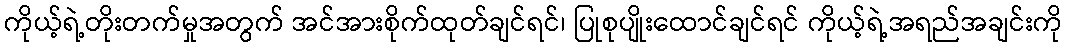
ကိုယ့်ရဲ့တိုးတက်မှုအတွက် အင်အားစိုက်ထုတ်ချင်ရင်၊ ပြုစုပျိုးထောင်ချင်ရင် ကိုယ့်ရဲ့အရည်အချင်းကို